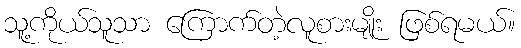
သူ့ကိုယ်သူသာ ကြောက်တဲ့လူစားမျိုး ဖြစ်ရမယ်။